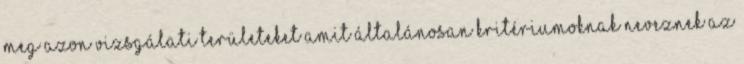
meg azon vizsgálati területeket amit általánosan kritériumoknak neveznek az